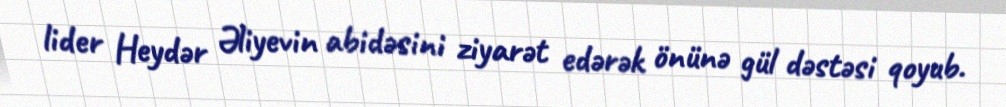
lider Heydər Əliyevin abidəsini ziyarət edərək önünə gül dəstəsi qoyub.